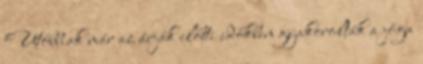
Utóbbiak már az árják előtti időkben gyakorolták a jóga